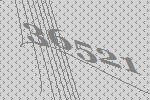
36521